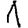
Digit: 1